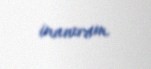
inanıram.